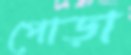
পোড়া